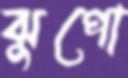
ঝুপো